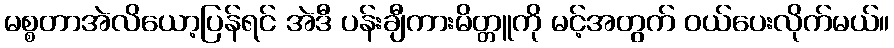
မစ္စတာအဲလိယော့ပြန်ရင် အဲဒီ ပန်းချီကားမိတ္တူကို မင့်အတွက် ဝယ်ပေးလိုက်မယ်။